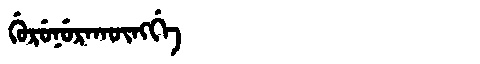
Manchu: ᡤᡠᡵᡠᠨᡠᡵᠠᡴᡡᠩᡤᡝ
Romanization: GURUNURAKŪNGGE